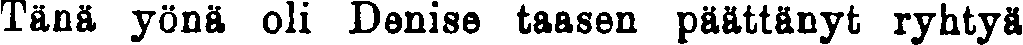
Tänä yönä oli Denise taasen päättänyt ryhtyä